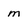
Character: m